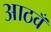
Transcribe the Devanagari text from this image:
आठवँ